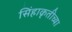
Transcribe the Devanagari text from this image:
सिंहाकृतीच्या